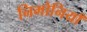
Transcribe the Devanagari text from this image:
निमोनियाँ